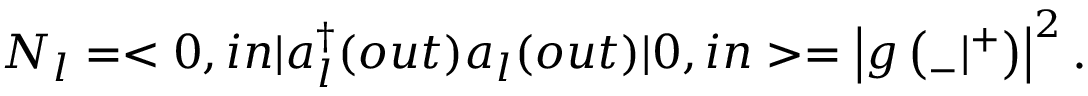
N _ { l } = < 0 , i n | a _ { l } ^ { \dagger } ( o u t ) a _ { l } ( o u t ) | 0 , i n > = \left| g \left( { } _ { - } | { } ^ { + } \right) \right| ^ { 2 } .